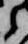
之